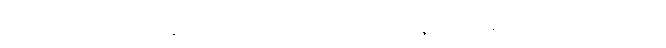
ရွာဘက်ကလူတွေဆိုလို့ရှိရင်တော့ သူတို့တွေ ခုနလိုပဲ၊ ဓာတ်ဆီဝယ်သလိုပဲ။